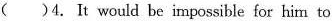
( )4. It would be impossible for him to